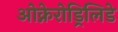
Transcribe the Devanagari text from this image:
ओक्नेरोड्रिलिडे